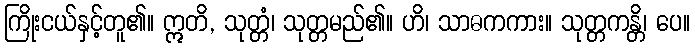
ကြိုးငယ်နှင့်တူ၏။ ဣတိ, သုတ္တံ၊ သုတ္တမည်၏။ ဟိ၊ သာဓကကား။ သုတ္တကန္တိ၊ ပေ။